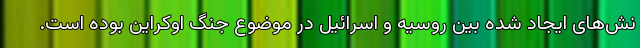
نش‌های ایجاد شده بین روسیه و اسرائیل در موضوع جنگ اوکراین بوده است.